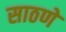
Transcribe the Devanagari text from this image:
साठणे